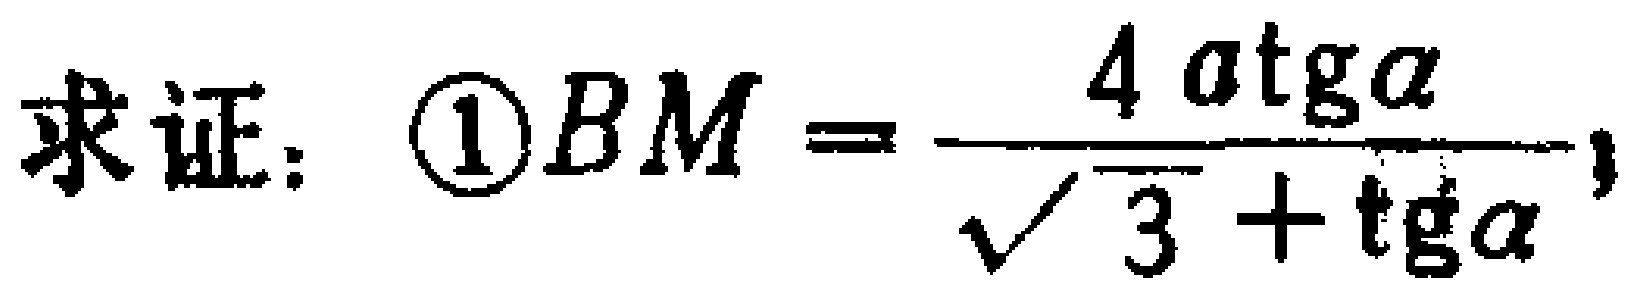
求证：\(\textcircled{1}BM = \frac{4a\mathrm{tg}\alpha}{\sqrt{3}+\mathrm{tg}\alpha}\)